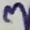
Text: 3